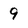
Character: 9